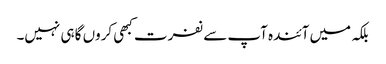
بلکہ میں آئندہ آپ سے نفرت کبھی کروں گا ہی نہیں۔